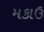
મકાઉ